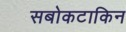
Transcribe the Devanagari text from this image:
सबोकटाकिन